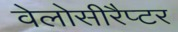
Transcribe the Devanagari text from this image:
वेलोसीरैप्टर